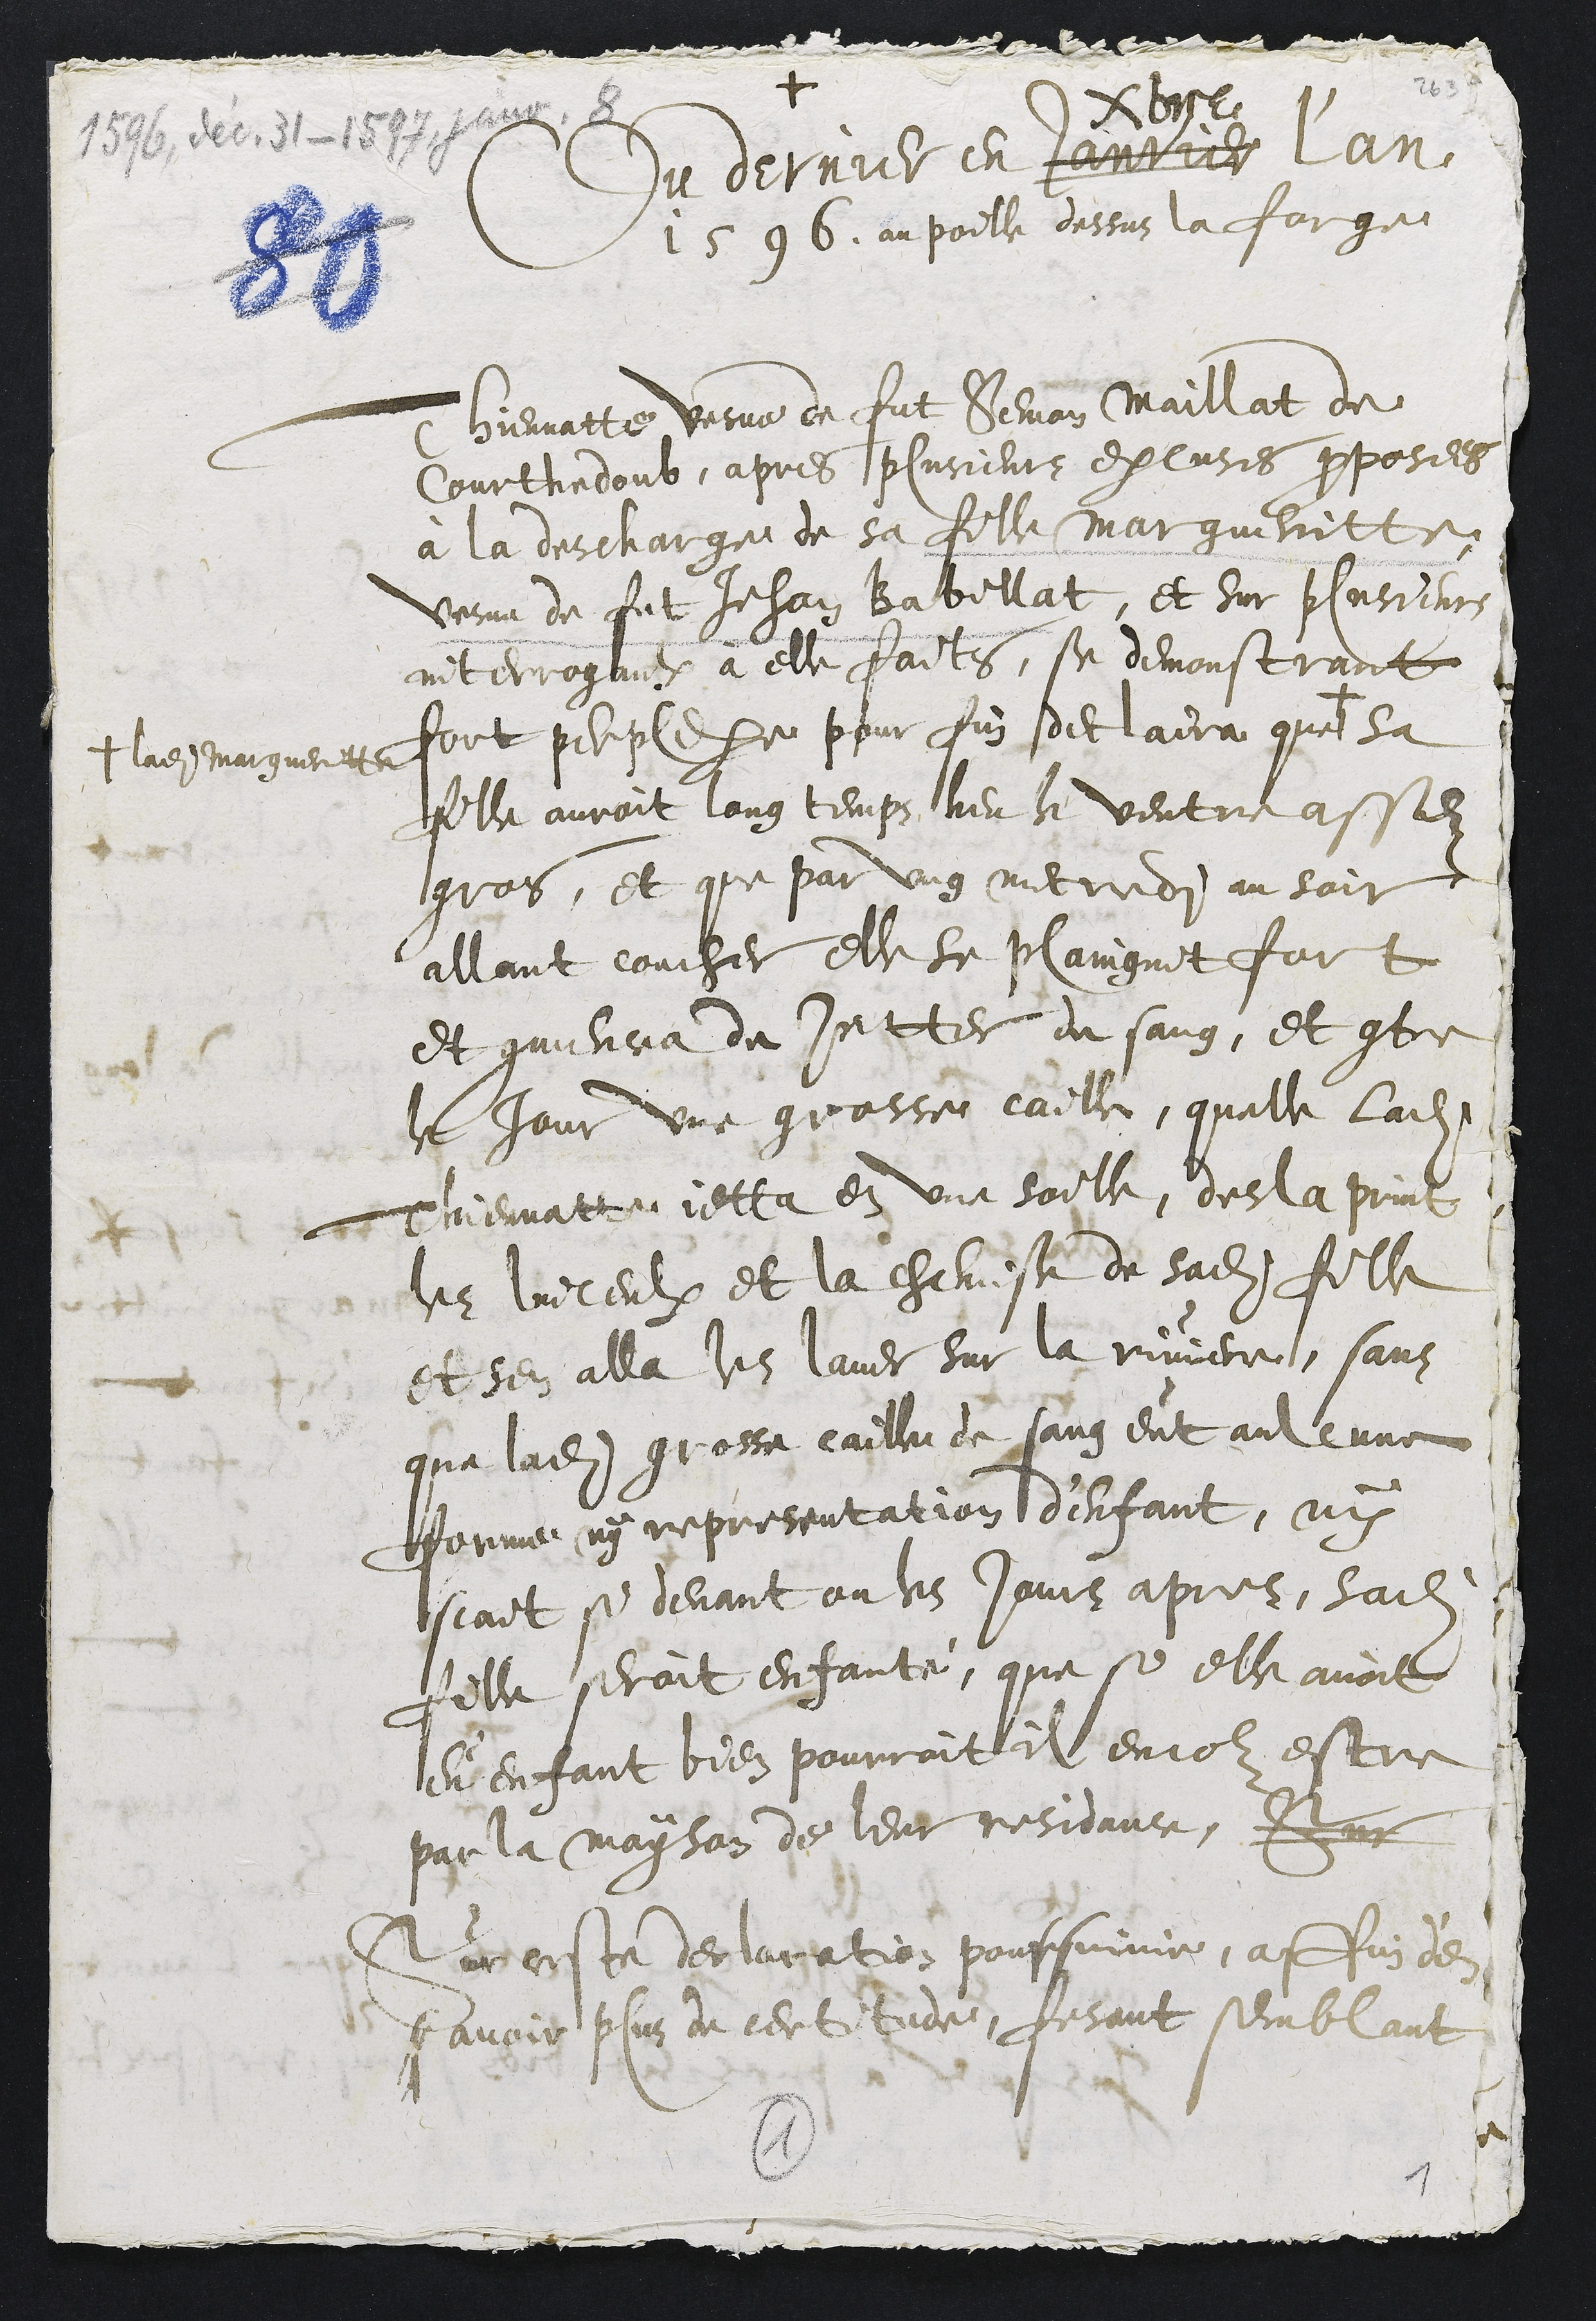
1596. dec 31 - 1597l janv. 8+Du dernier en outresdécembreL'an1596, au poille dessuz la forgeThienatte verne de fut Jehan Maillat deCourthedoub apres plusieurs epluses preposesà la descharge de sa fille margueritte.Verne du fut Jehan Babellat, et sur charitininterroguer à elle faites, se demonstrantfort polise le pour fin soit laire quel# ladite Marguerittelatelle auroit long temps heu le ventre assegros, et que par ung merridi au soirallant coucher elle se plaingnat foret quillira du sutter du sans, et teChour une grosse celle, quelle laditeprennatte, etta en une soille, desla printOr breulx et la cheveste de sadite filleet sen alla les laver sur la riere, sansqua ladite grosse, cailla de sang ent aulcunefemme ny representation deffant, nescait, se devant ou lz jours apres, laditecelle seroit enfante, que se elle avoitenfant bien pourraitte encolz estreparla mayson de leur residaur, parAer este de laigation pourquerir, affuy deavoir plus de certard, posant semblant2.+